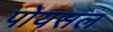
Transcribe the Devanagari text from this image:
पोयसल